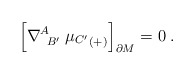
\begin{align*}\Bigr[\nabla_{\; \; B'}^{A} \; {\mu_{C'}}_{(+)}\Bigr]_{\partial M}=0 \; .\end{align*}